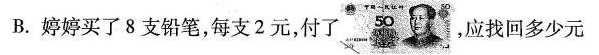
B.婷婷买了8支铅笔，每支2元，付了，应找回多少元